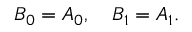
B _ { 0 } = A _ { 0 } , \quad B _ { 1 } = A _ { 1 } .